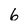
Character: 6